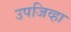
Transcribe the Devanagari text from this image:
उपजिव्हा